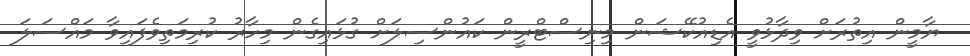
ޔާމީން އިތުރަށް ވިދާޅުވީ އެޑިއުކޭޝަން މިނިސްޓްރީން ކައުންސިލަށް ގުޅައިގެން މިހާރު ކުރިމަތިވެފައިވާ މައްސަލަ